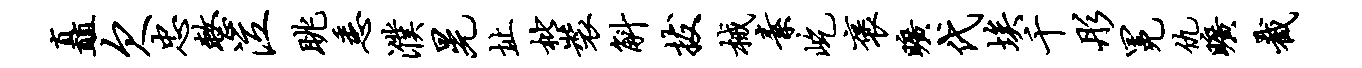
矗欠忠整泣眺悉濮晃址枇装斛拔械素屹褒旷代埃千彤冕仇旷截